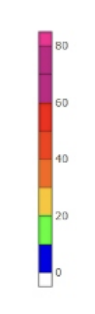
Blue: 0 to 10
Green: 10 to 20
Yellow: 20 to 30
Orange: 30 to 40
Dark Orange: 40 to 50
Red: 50 to 60
Magenta: 60 to 80
Pink: 80 to 85